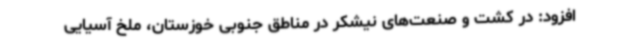
افزود: در کشت و صنعت‌های نیشکر در مناطق جنوبی خوزستان، ملخ آسیایی